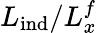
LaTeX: L_{\mathrm{ind}}/L_{x}^{f}